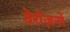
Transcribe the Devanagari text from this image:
वेर्राज़नो